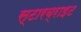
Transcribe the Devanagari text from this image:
स्टारब्राइट